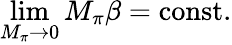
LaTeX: \operatorname*{lim}_{M_{\pi}\rightarrow 0}M_{\pi}\beta=\mathrm{const.}